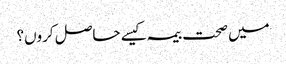
میں صحت بیمہ کیسے حاصل کروں؟